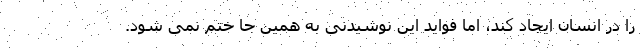
را در انسان ایجاد کند، اما فواید این نوشیدنی به همین جا ختم نمی شود.